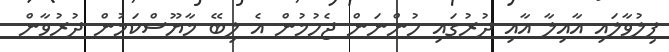
ފިލުވާލައި އާއިލާ އާއި ދުރުގައި ހުންނަން ޖެހުމުން އެ ލިބޭ މާޔޫސްކަމުން ދުރުވާން